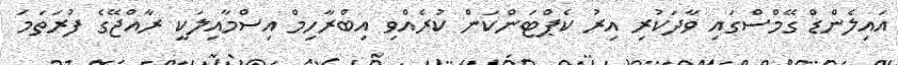
އައިލެންޑް ގޭމްސްގައި ވާދަކުރި އިރު ކެޕްޓަންކަން ކުރެއްވި އިބްރާހިމް އިސްމާއިލަކީ ރާއްޖޭގެ ފުރަތަމަ